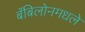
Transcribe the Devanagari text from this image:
बॅबिलोनमधले